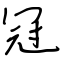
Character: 冠